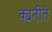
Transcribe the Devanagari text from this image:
क्यनीते